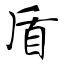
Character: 盾